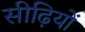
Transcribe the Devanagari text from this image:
सीढ़ियों